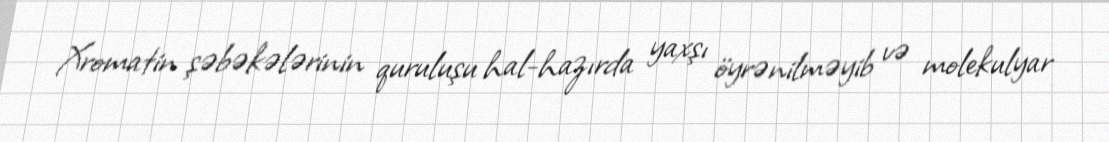
Xromatin şəbəkələrinin quruluşu hal-hazırda yaxşı öyrənilməyib və molekulyar